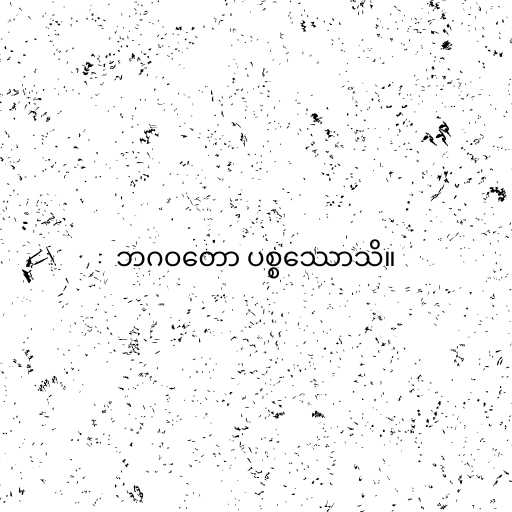
ဘဂဝတော ပစ္စဿောသိ။